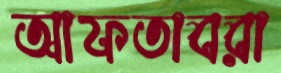
আফতাবরা